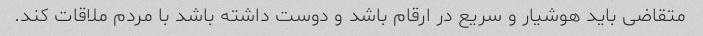
متقاضی باید هوشیار و سریع در ارقام باشد و دوست داشته باشد با مردم ملاقات کند.